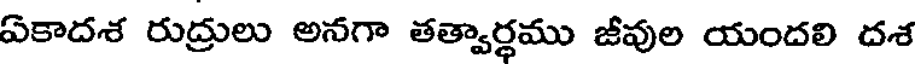
ఏకాదశ రుద్రులు అనగా తత్వార్థము జీవుల యందలి దశ